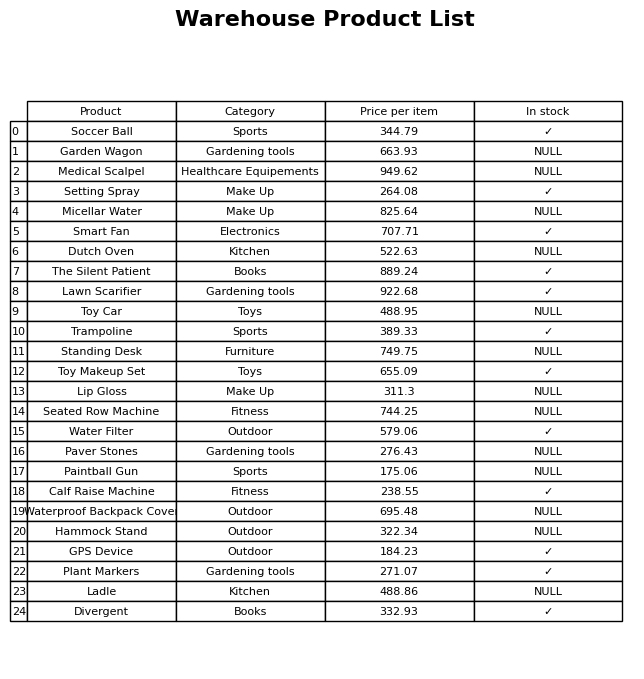
question: Which products are available in stock?
answer: Soccer Ball, Setting Spray, Smart Fan, The Silent Patient, Lawn Scarifier, Trampoline, Toy Makeup Set, Water Filter, Calf Raise Machine, GPS Device, Plant Markers, Divergent